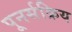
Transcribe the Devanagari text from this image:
पूनर्सक्रिय